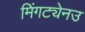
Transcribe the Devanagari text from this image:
मिंगट्येनउ